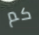
كم